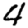
Digit: 4